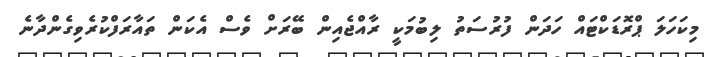
މިކަހަލަ ޕްރޮޑަކްޓައް ހަދަން ފުރުސަތު ލިބުމަކީ ރާއްޖެއިން ބޭރަށް ވެސް އެކަން ތައާރަފްކުރެވިގެންދާނެ